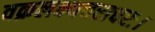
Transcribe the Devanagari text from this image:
वक्रलक्ष्यचराचरः।